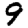
Digit: 9